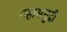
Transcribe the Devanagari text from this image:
महासमुद्री